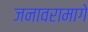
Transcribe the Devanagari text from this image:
जनावरामागे